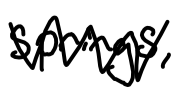
Text: Springs,
Cross-out: zig-zag
Writing tool: digital_black